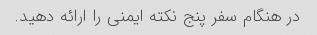
در هنگام سفر پنج نکته ایمنی را ارائه دهید.